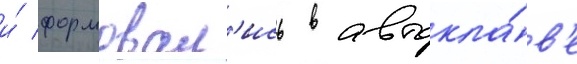
и́ формовал'ись в автокла́в'е